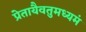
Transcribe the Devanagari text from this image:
प्रेतायैवतुमध्यमं